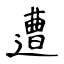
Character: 遭